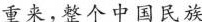
重来，整个中国民族